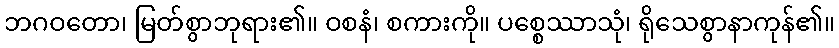
ဘဂဝတော၊ မြတ်စွာဘုရား၏။ ဝစနံ၊ စကားကို။ ပစ္စေဿာသုံ၊ ရိုသေစွာနာကုန်၏။